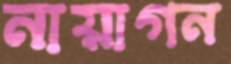
নায়াগন